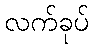
လက်ခုပ်